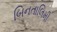
બિનતાલિમી